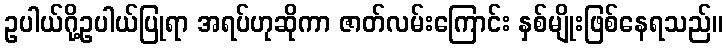
ဥပါယ်ဂို့ဥပါယ်ပြုရာ အရပ်ဟုဆိုကာ ဇာတ်လမ်းကြောင်း နှစ်မျိုးဖြစ်နေရသည်။